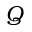
Q